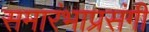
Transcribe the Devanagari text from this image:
समारंभाप्रसंगी